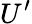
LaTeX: U^{\prime}